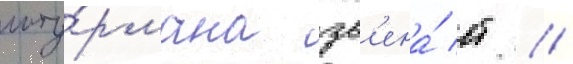
шту́рмана зв'ена́ ст //